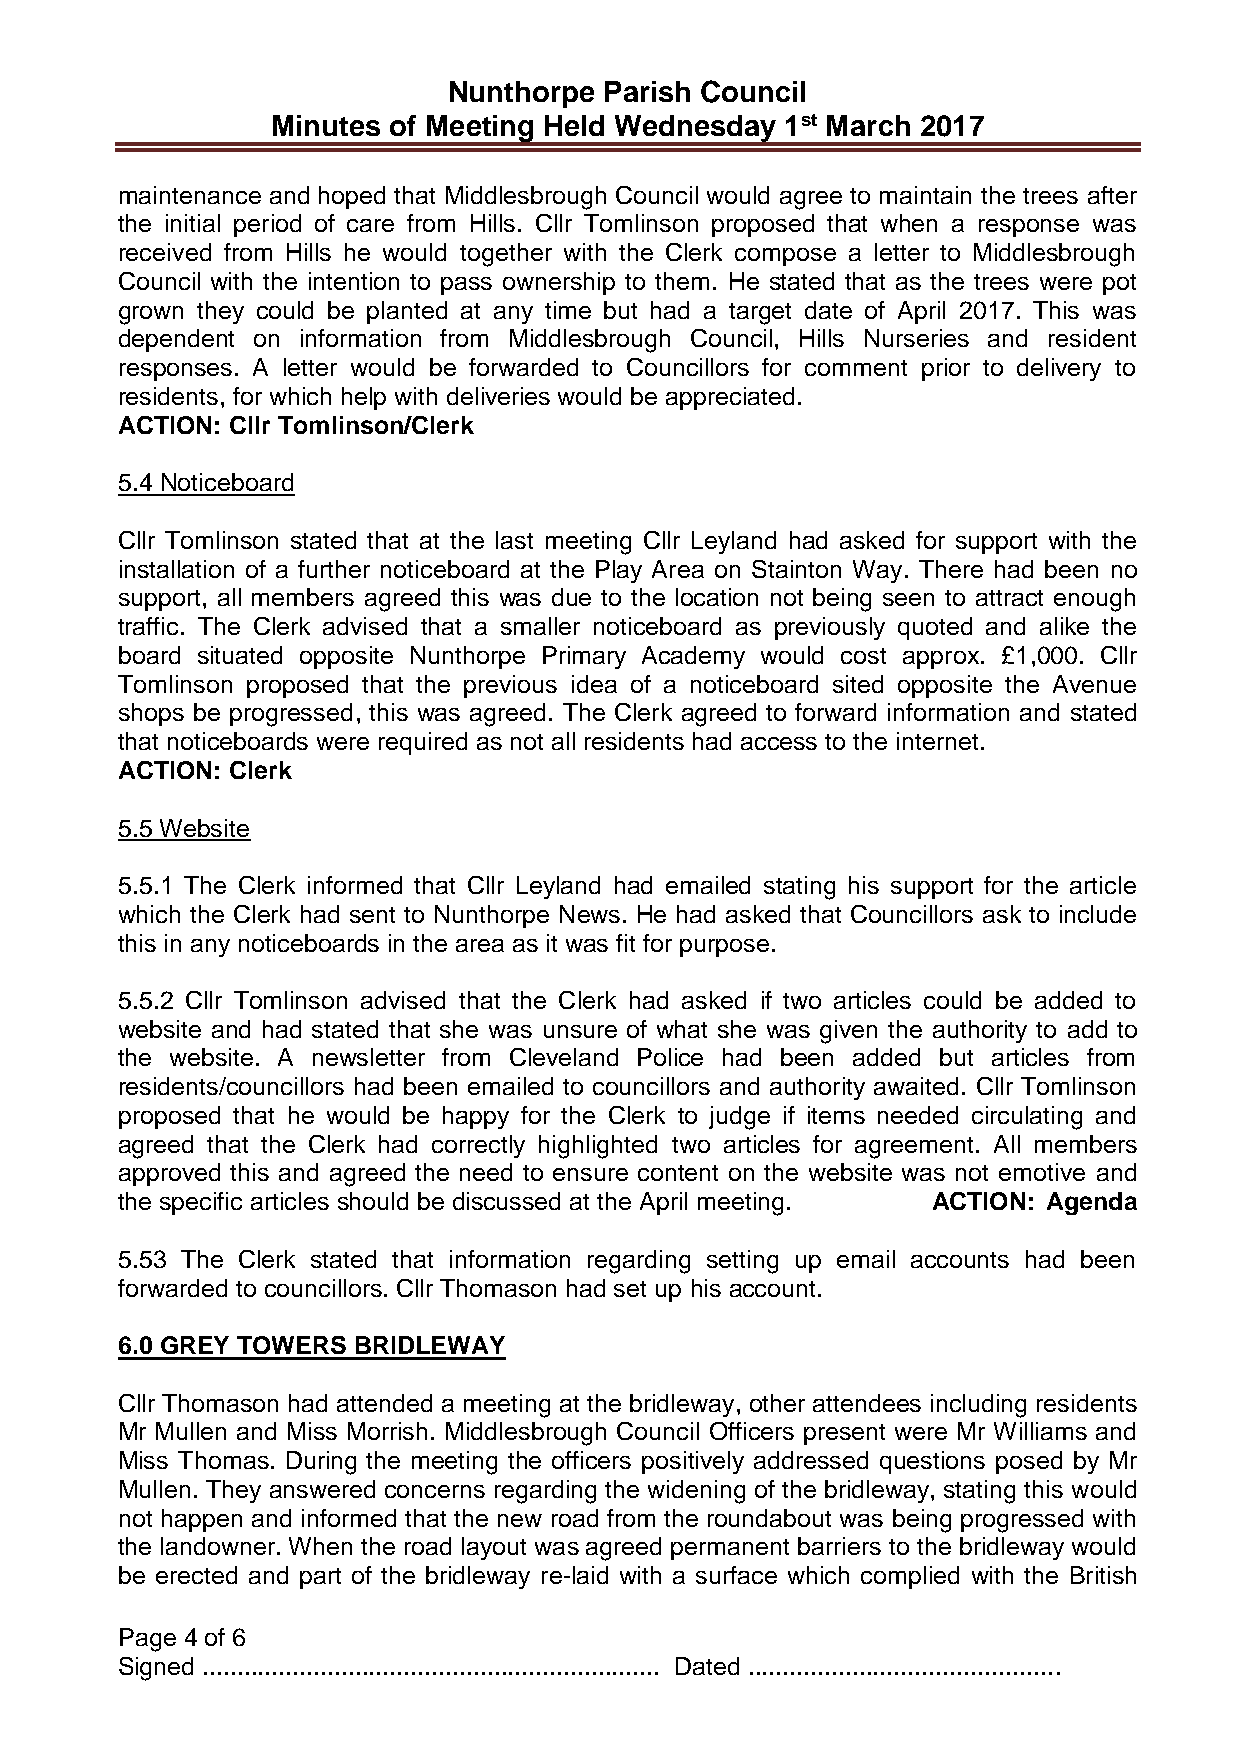
Nunthorpe Parish Council
 Minutes of Meeting Held Wednesday 1st March 2017
 maintenance and hoped that Middlesbrough Council would agree to maintain the trees after
 the initial period of care from Hills. Cllr Tomlinson proposed that when a response was
 received from Hills he would together with the Clerk compose a letter to Middlesbrough
 Council with the intention to pass ownership to them. He stated that as the trees were pot
 grown they could be planted at any time but had a target date of April 2017. This was
 dependent on information from Middlesbrough Council, Hills Nurseries and resident
 responses. A letter would be forwarded to Councillors for comment prior to delivery to
 residents, for which help with deliveries would be appreciated.
 ACTION: Cllr Tomlinson/Clerk
 5.4 Noticeboard
 Cllr Tomlinson stated that at the last meeting Cllr Leyland had asked for support with the
 installation of a further noticeboard at the Play Area on Stainton Way. There had been no
 support, all members agreed this was due to the location not being seen to attract enough
 traffic. The Clerk advised that a smaller noticeboard as previously quoted and alike the
 board situated opposite Nunthorpe Primary Academy would cost approx. £1,000. Cllr
 Tomlinson proposed that the previous idea of a noticeboard sited opposite the Avenue
 shops be progressed, this was agreed. The Clerk agreed to forward information and stated
 that noticeboards were required as not all residents had access to the internet.
 ACTION: Clerk
 5.5 Website
 5.5.1 The Clerk informed that Cllr Leyland had emailed stating his support for the article
 which the Clerk had sent to Nunthorpe News. He had asked that Councillors ask to include
 this in any noticeboards in the area as it was fit for purpose.
 5.5.2 Cllr Tomlinson advised that the Clerk had asked if two articles could be added to
 website and had stated that she was unsure of what she was given the authority to add to
 the website. A newsletter from Cleveland Police had been added but articles from
 residents/councillors had been emailed to councillors and authority awaited. Cllr Tomlinson
 proposed that he would be happy for the Clerk to judge if items needed circulating and
 agreed that the Clerk had correctly highlighted two articles for agreement. All members
 approved this and agreed the need to ensure content on the website was not emotive and
 the specific articles should be discussed at the April meeting. ACTION: Agenda
 5.53 The Clerk stated that information regarding setting up email accounts had been
 forwarded to councillors. Cllr Thomason had set up his account.
 6.0 GREY TOWERS BRIDLEWAY
 Cllr Thomason had attended a meeting at the bridleway, other attendees including residents
 Mr Mullen and Miss Morrish. Middlesbrough Council Officers present were Mr Williams and
 Miss Thomas. During the meeting the officers positively addressed questions posed by Mr
 Mullen. They answered concerns regarding the widening of the bridleway, stating this would
 not happen and informed that the new road from the roundabout was being progressed with
 the landowner. When the road layout was agreed permanent barriers to the bridleway would
 be erected and part of the bridleway re-laid with a surface which complied with the British
 Page 4 of 6
 Signed .................................................................. Dated .............................................